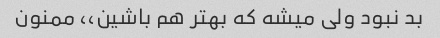
بد نبود ولى میشه که بهتر هم باشین،، ممنون